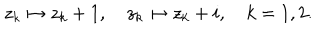
LaTeX: z _ { k } \mapsto z _ { k } + 1 , \quad z _ { k } \mapsto z _ { k } + i , \quad k = 1 , 2 .